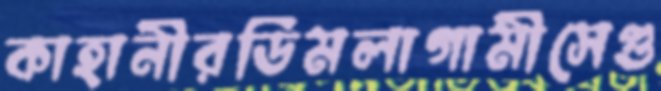
কাহানীরডিমলাগামীসেগু